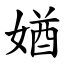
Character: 媨